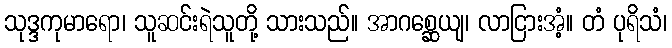
သုဒ္ဒကုမာရော၊ သူဆင်းရဲသူတို့ သားသည်။ အာဂစ္ဆေယျ၊ လာငြားအံ့။ တံ ပုရိသံ၊